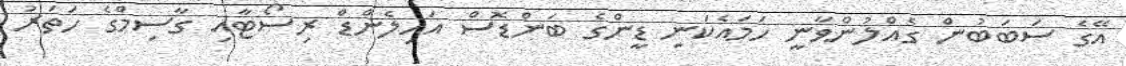
އޭގެ ސަބަބުން ގެއްލުންވާނީ ހަމައެކަނި ޑީންގެ ބަންޑޮސް އައިލެންޑް ރިސޯޓާއި ގާސިމްގެ ހަތަރު